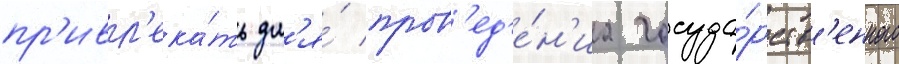
пр'ивл'ека́ть дл'я́ пров'ед'е́н'иа госуда́рств'енного